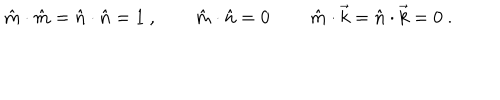
\hat { m } \cdot \hat { m } = \hat { n } \cdot \hat { n } = 1 \ , \qquad \hat { m } \cdot \hat { n } = 0 \, \qquad \hat { m } \cdot \vec { k } = \hat { n } \cdot \vec { k } = 0 \ .